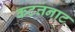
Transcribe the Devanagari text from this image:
कटत्तनाट